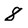
Character: 8